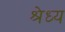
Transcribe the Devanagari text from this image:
श्रेध्य